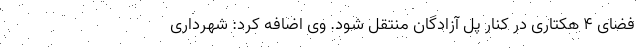
فضای ۴ هکتاری در کنار پل آزادگان منتقل شود. وی اضافه کرد: شهرداری